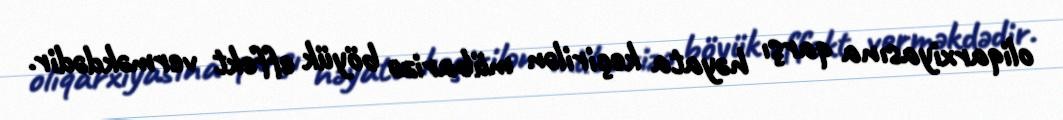
oliqarxiyasına qarşı həyata keçirilən mübarizə böyük effekt verməkdədir.